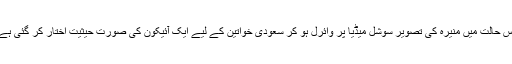
اس حالت میں منیرہ کی تصویر سوشل میڈیا پر وائرل ہو کر سعودی خواتین کے لیے ایک آئیکون کی صورت حیثیت اختار کر گئی ہے۔